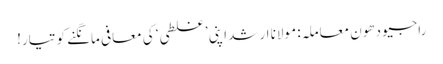
راجیو دھون معاملہ: مولانا ارشد اپنی ’غلطی‘ کی معافی مانگنے کو تیار!